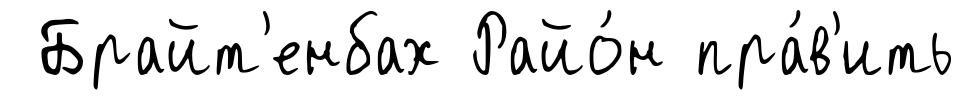
Брайт'енбах Райо́н пра́в'ить